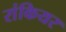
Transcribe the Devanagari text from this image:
रांकियर